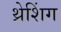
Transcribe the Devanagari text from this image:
थ्रेशिंग